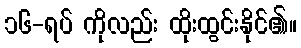
၁၆-ရပ် ကိုလည်း ထိုးထွင်းနိုင်၏။